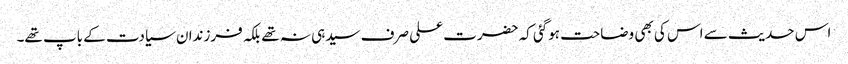
اس حدیث سے اس کی بھی وضاحت ہوگئی کہ حضرت علی صرف سیدہی نہ تھے بلکہ فرزندان سیادت کے باپ تھے۔